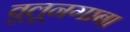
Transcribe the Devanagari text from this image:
वूलूनगाबा